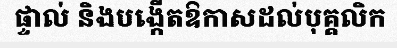
ផ្ទាល់ និងបង្កើតឱកាសដល់បុគ្គលិក